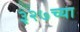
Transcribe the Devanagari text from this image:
३२७च्या